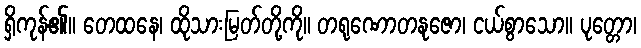
ရှိကုန်၏။ တေထနေ၊ ထိုသားမြတ်တို့ကို။ တရုဏောတနုဇော၊ ငယ်စွာသော။ ပုတ္တော၊